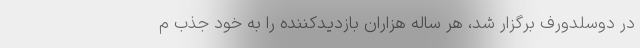
در دوسلدورف برگزار شد، هر ساله هزاران بازدیدکننده را به خود جذب م